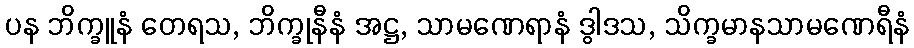
ပန ဘိက္ခူနံ တေရသ, ဘိက္ခုနီနံ အဋ္ဌ, သာမဏေရာနံ ဒွါဒသ, သိက္ခမာနသာမဏေရီနံ